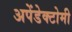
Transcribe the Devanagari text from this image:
अपेंडेक्टोमी